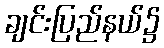
ချင်းပြည်နယ်၌